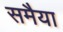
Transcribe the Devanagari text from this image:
समैया